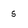
Character: 5